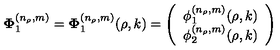
{ \bf \Phi } _ { 1 } ^ { ( n _ { \rho } , m ) } = { \bf \Phi } _ { 1 } ^ { ( n _ { \rho } , m ) } ( \rho , k ) = \left( \begin{array} { c } { \phi _ { 1 } ^ { ( n _ { \rho } , m ) } ( \rho , k ) } \\ { \phi _ { 2 } ^ { ( n _ { \rho } , m ) } ( \rho , k ) } \\ \end{array} \right)